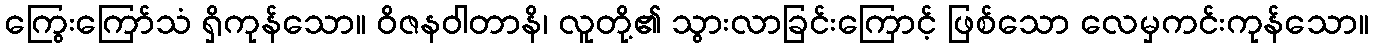
ကြွေးကြော်သံ ရှိကုန်သော။ ဝိဇနဝါတာနိ၊ လူတို့၏ သွားလာခြင်းကြောင့် ဖြစ်သော လေမှကင်းကုန်သော။